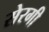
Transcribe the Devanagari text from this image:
सेरगी